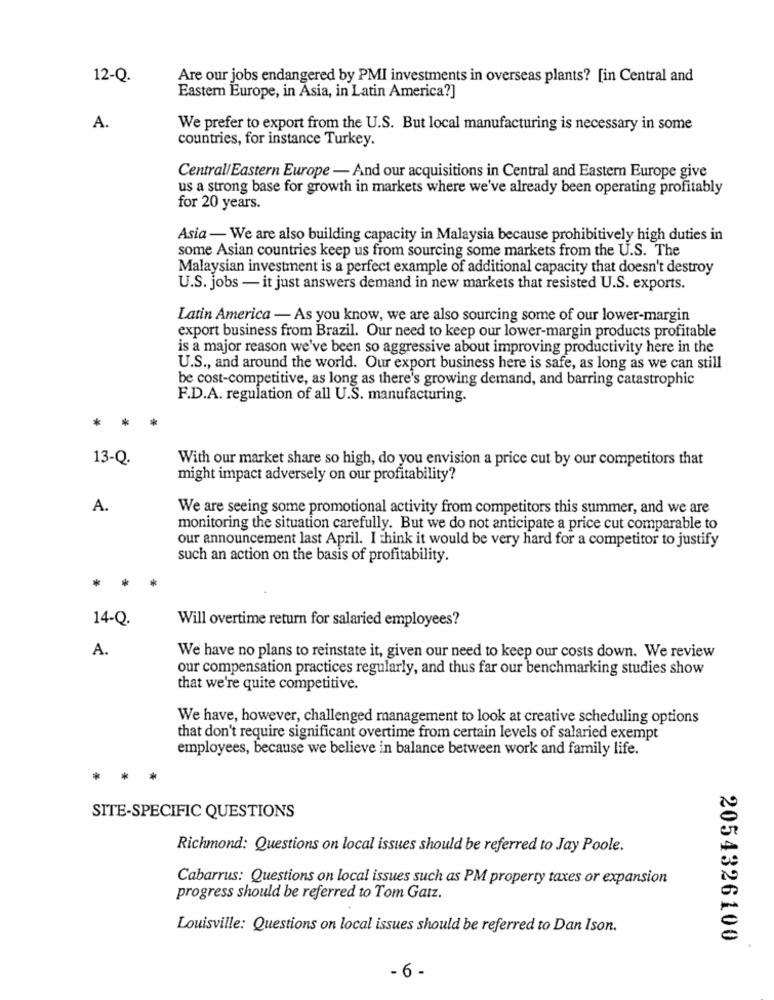
12-Q.
Are our jobs endangered by PMI investments in overseas plants? [in Central and
Eastern Europe, in Asia, in Latin America?]
A.
We prefer to export from the U.S. But local manufacturing is necessary in some
countries, for instance Turkey.
CentrallEastern Europe - And our acquisitions in Central and Eastern Europe give
us a strong base for growth in markets where we've already been operating profitably
for 20 years.
Asia - We are also building capacity in Malaysia because prohibitively high duties in
some Asian countries keep us from sourcing some markets from the U.S. The
Malaysian investment is a perfect example of additional capacity that doesn't destroy
U.S. jobs - it just answers demand in new markets that resisted U.S. exports.
Latin America - As you know, we are also sourcing some of our lower-margin
export business from Brazil. Our need to keep our lower-margin products profitable
is a major reason we've been so aggressive about improving productivity here in the
U.S ., and around the world. Our export business here is safe, as long as we can still
be cost-competitive, as long as there's growing demand, and barring catastrophic
F.D.A. regulation of all U.S. manufacturing.
* *
13-Q.
With our market share so high, do you envision a price cut by our competitors that
might impact adversely on our profitability?
A.
We are seeing some promotional activity from competitors this summer, and we are
monitoring the situation carefully. But we do not anticipate a price cut comparable to
our announcement last April. I think it would be very hard for a competitor to justify
such an action on the basis of profitability.
*
14-Q.
Will overtime return for salaried employees?
A.
We have no plans to reinstate it, given our need to keep our costs down. We review
our compensation practices regularly, and thus far our benchmarking studies show
that we're quite competitive.
We have, however, challenged management to look at creative scheduling options
that don't require significant overtime from certain levels of salaried exempt
employees, because we believe in balance between work and family life.
*
SITE-SPECIFIC QUESTIONS
Richmond: Questions on local issues should be referred to Jay Poole.
Cabarrus: Questions on local issues such as PM property taxes or expansion
progress should be referred to Tom Gatz.
Louisville: Questions on local issues should be referred to Dan Ison.
2054326100
- 6 -